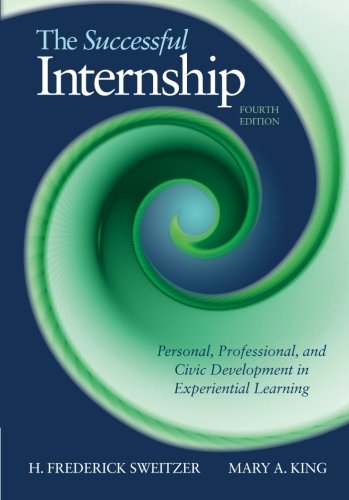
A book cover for The Successful Internship (HSE 163 / 264 / 272 Clinical Experience Sequence); H. Frederick Sweitzer; Business & Money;